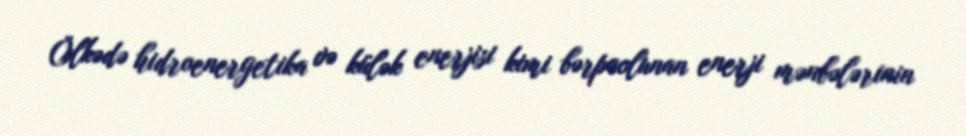
Ölkədə hidroenergetika və külək enerjisi kimi bərpaolunan enerji mənbələrinin